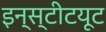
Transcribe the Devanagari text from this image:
इन्‍स्‍टीटयूट